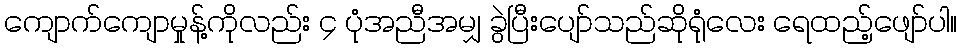
ကျောက်ကျောမှုန့်ကိုလည်း ၄ ပုံအညီအမျှ ခွဲပြီးပျော်သည်ဆိုရုံလေး ရေထည့်ဖျော်ပါ။